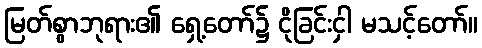
မြတ်စွာဘုရား၏ ရှေ့တော်၌ ငိုခြင်းငှါ မသင့်တော်။